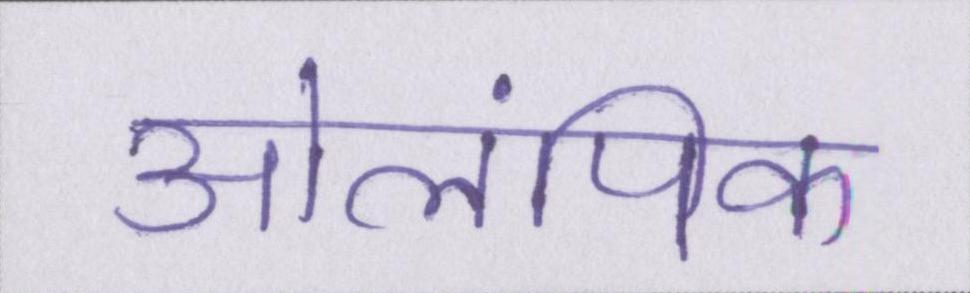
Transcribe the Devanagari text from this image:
ओलंपिक